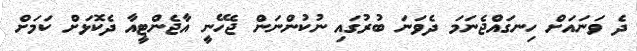
ދެ ވަނައަށް ހިނގައްޖެނަމަ ދެވަނަ ބުރުގައި ނުކުންނަން ޖެހޭނީ އާޖެންޓީއާ ދެކޮޅަށް ކަމަށް